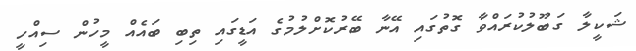
ޝަކީލާ ގަބޫލުކުރައްވާ ގޮތުގައި އޭނާ ބޭރުކޮށްލުމުގެ އަޑީގައި ތިބި ބައެއް މީހުން ސިއްހީ